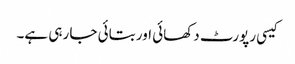
کیسی رپورٹ دکھائی اور بتائی جا رہی ہے۔